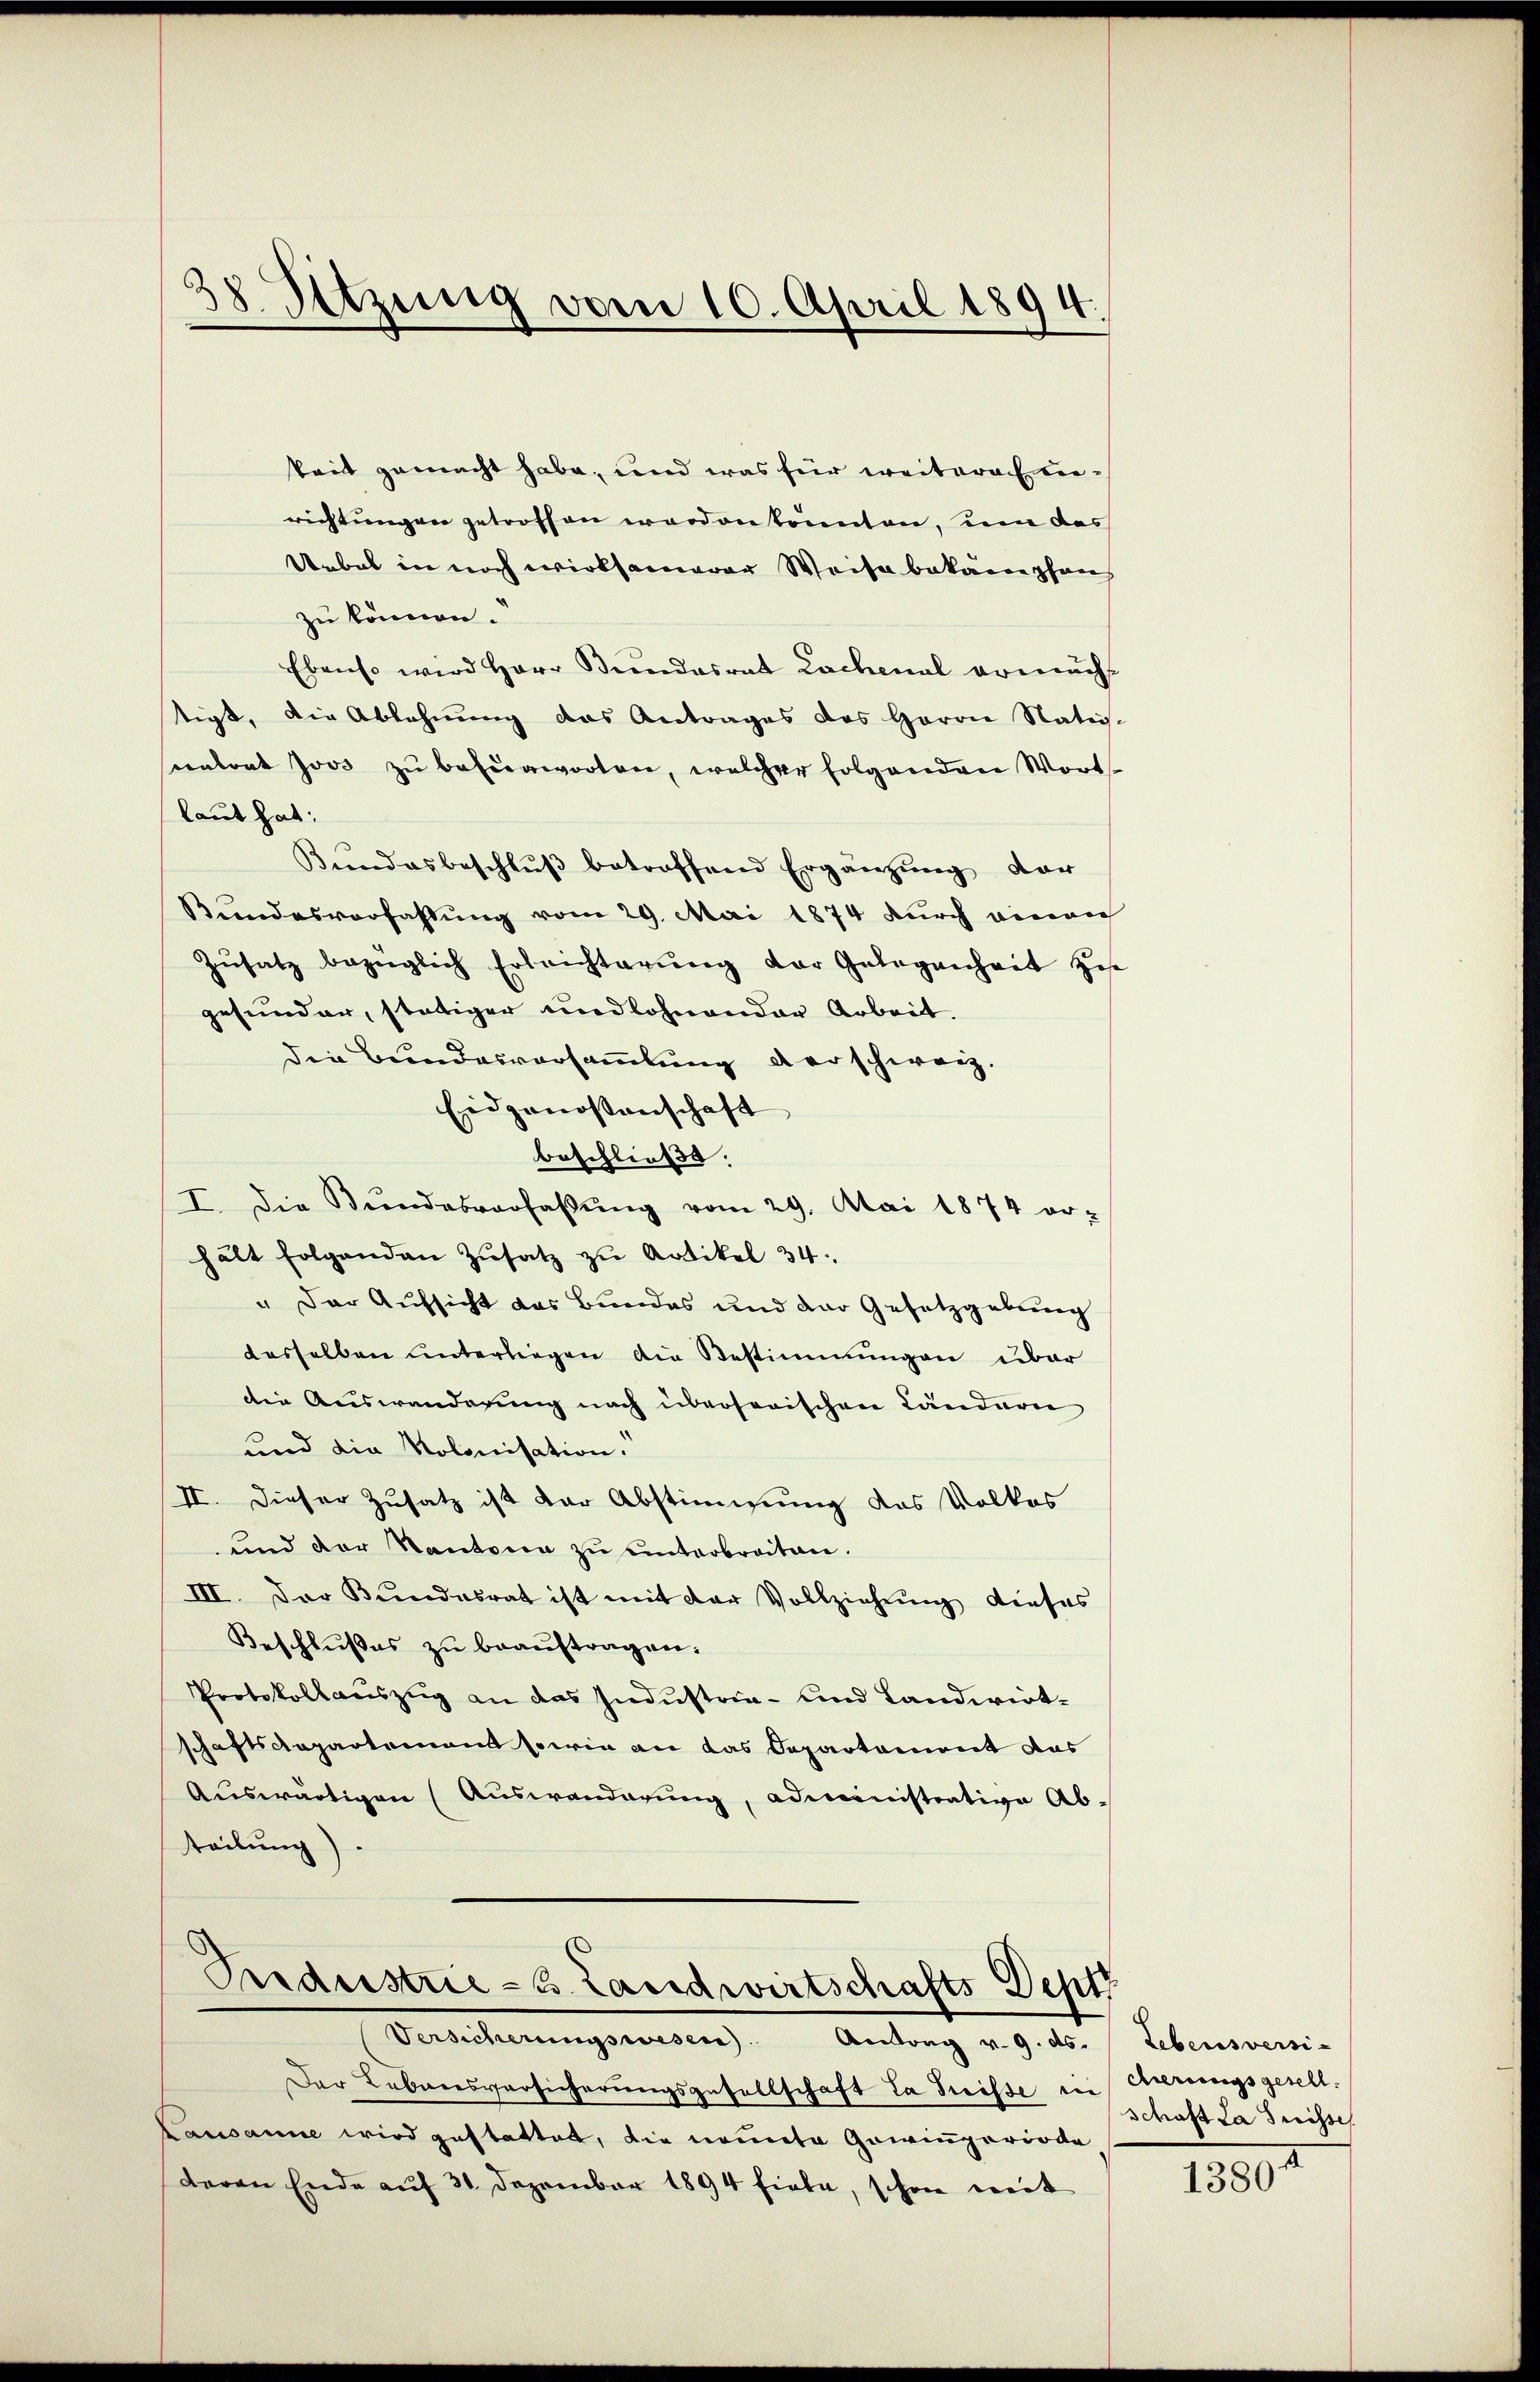
d
28 Setzung vom 10. April 1894.

keit gemacht habe, und was für weiteraienrichtungen getroffen worden konnten, um das
Uebel in noch wirksamerer Weise bekämpfan
zu können.
Ebenso wird Herr Bundesrat Lachenal ermächt
tigt, die Ablehnung das Antrages des Herrn Nates-
entrat Joos zŭ befürworten, welcher folgenden Wort-
laut hat:
Kundesbeschlŭβ betroffend Ergänzŭng dar
Keindesverfassung vom 29. Mai 1874 durch einau
Zŭsatz bezüglich Erleichterŭng der Gelegenheit ge
gesunder, stätiger undlohnender Arbeit.
die Bundesversammlung derschweiz.
Eidgenossenschaft
beschließe.
I. Die Bŭndesverfaβŭng vom 29. Mai 1874 er-
hält folgenden Zŭsatz zŭ Artikel 34
" Der Aufsicht das Bundes und der Gesetzgebung
desselben unterliegen die Bestimmungen über
die Auswanderung nach übersorischen Ländere
und die Nolonisation.
II. Dieser Zusatz ist der Abstimmung das Volkes
und der Kantona zu unterbreiten.
III. Der Bundesrat ist mit der Vollziehŭng dieses
Beschlußes zu beauftragen.
Protokollauszug an das Industria- und Landwirtschaftsdepartement sowie an das Separtement das
Auswärtigen (Auswanderung, administrative Ab-
teilung)

Frdestrie-B. Landwirtschafts Dep
Versicherŭngswesen Antrag v. 9. ds.

Der Lebensversicherŭngsgesellschaft la Suisse in cherungsgesell¬
Lausanne wird gestattet, die nomete Gawinperiode
deren Ende auf 31 Dezember 1894 fiele, schon mit

Lebensversi-
schaft La Preisse
1380